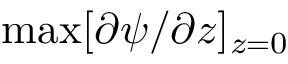
\operatorname* { m a x } [ { \partial \psi } / { \partial z } ] _ { z = 0 }